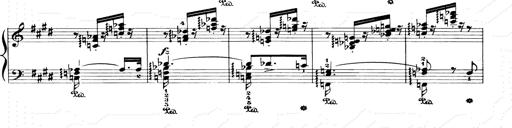
Title: Consolations and LiebestrÃ¤ume for the Piano
Composer: Franz Liszt